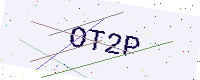
Text: OT2P